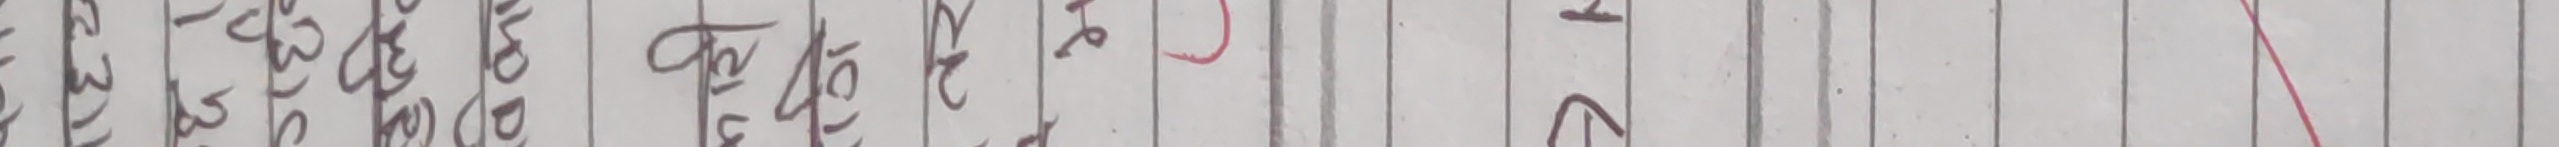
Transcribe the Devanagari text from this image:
क ख ग घ ङ च छ ज झ ञ ट ठ ड ढ ण त थ द ध न प फ ब भ म य र ल व श ष स ह क्ष त्र ज्ञ